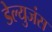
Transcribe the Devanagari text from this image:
डेल्युजंस